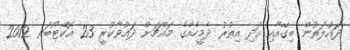
ދައުލަތުން ބިގޭއާއި އަދި އިތުރު ދެމީހެއްގެ މައްޗަށް ދައުވާކުރީ 23 އޮކްޓޯބަރ 2012